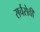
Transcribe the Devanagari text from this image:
सर्चसेवी